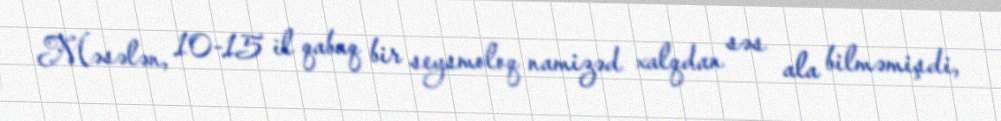
Məsələn, 10-15 il qabaq bir seysmoloq namizəd xalqdan səs ala bilməmişdi,